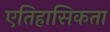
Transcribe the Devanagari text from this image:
एतिहासिकता